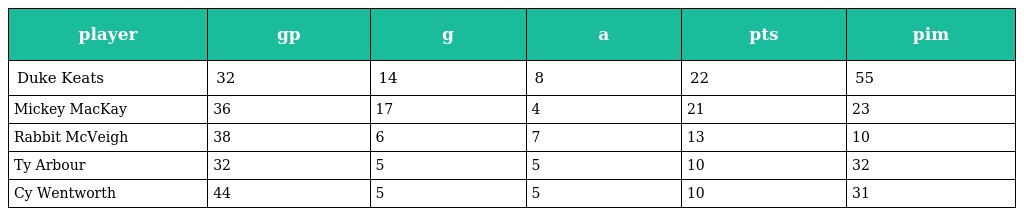
| player | gp | g | a | pts | pim |
 | --- | --- | --- | --- | --- | --- |
 | Duke Keats | 32 | 14 | 8 | 22 | 55 |
 | Mickey MacKay | 36 | 17 | 4 | 21 | 23 |
 | Rabbit McVeigh | 38 | 6 | 7 | 13 | 10 |
 | Ty Arbour | 32 | 5 | 5 | 10 | 32 |
 | Cy Wentworth | 44 | 5 | 5 | 10 | 31 |